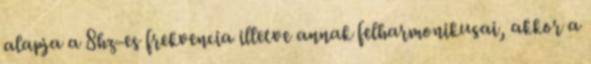
alapja a 8hz-es frekvencia illetve annak felharmonikusai, akkor a